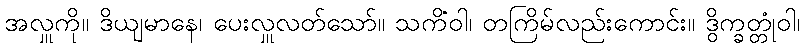
အလှူကို။ ဒိယျမာနေ၊ ပေးလှူလတ်သော်။ သကိံဝါ၊ တကြိမ်လည်းကောင်း။ ဒွိက္ခတ္တုံဝါ၊